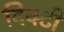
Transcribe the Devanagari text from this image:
दिक्टी